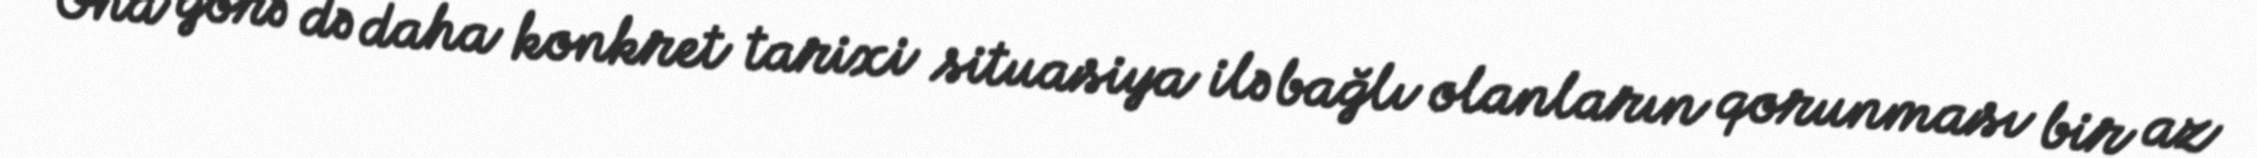
Ona görə də daha konkret tarixi situasiya ilə bağlı olanların qorunması bir az